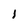
Character: l